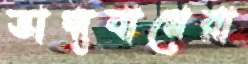
ভাগ্যবানেরা